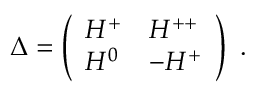
\Delta = \left( \begin{array} { l l } { { H ^ { + } } } & { { H ^ { + + } } } \\ { { H ^ { 0 } } } & { { - H ^ { + } } } \end{array} \right) \ .